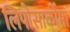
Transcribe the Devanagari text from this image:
लिपोसार्कोमा